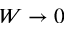
W \to 0